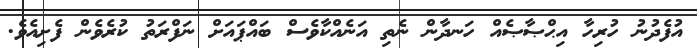
އުފެދުނު ހުރިހާ އިޙްޞާޞެއް ހަނދާން ނެތި އަނެއްކާވެސް ބައްޕައަށް ނަފްރަތު ކުރެވެން ފެށިއެވެ.